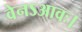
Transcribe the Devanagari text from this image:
वेनऽआवः।